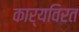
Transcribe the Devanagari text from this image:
कार्यविरत